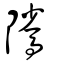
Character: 隲